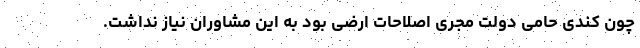
چون کندی حامی دولت مجری اصلاحات ارضی بود به این مشاوران نیاز نداشت.